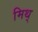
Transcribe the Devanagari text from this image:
मिथ्